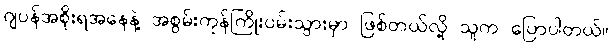
ဂျပန်အစိုးရအနေနဲ့ အစွမ်းကုန်ကြိုးပမ်းသွားမှာ ဖြစ်တယ်လို့ သူက ပြောပါတယ်။